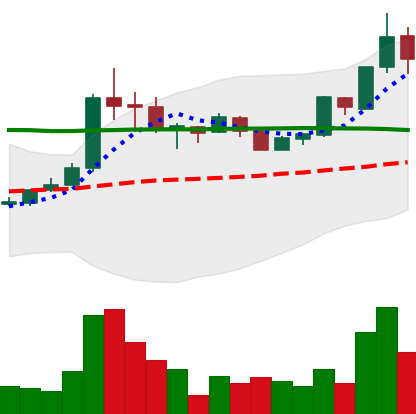
Ticker: BTC-USD
Chart end date: 2015-07-01
Forward return: 4.025%
Label: up_3_5